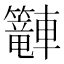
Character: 𲄿